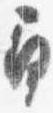
角